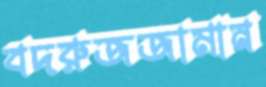
বদরুজজামান